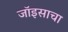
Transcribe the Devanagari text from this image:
जॉइसाचा